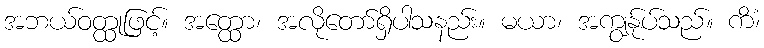
အဘယ်ဝတ္ထုဖြင့်။ အတ္ထော၊ အလိုတော်ရှိပါသနည်း။ မယာ၊ အကျွန်ုပ်သည်။ ကိံ၊